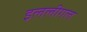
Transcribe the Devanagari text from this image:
इललीगल